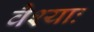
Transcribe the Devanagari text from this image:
वैश्याः